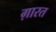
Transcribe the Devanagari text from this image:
ग़ारत